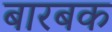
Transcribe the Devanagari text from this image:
बारबक